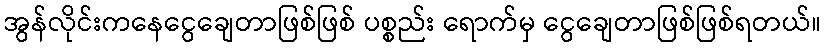
အွန်လိုင်းကနေငွေချေတာဖြစ်ဖြစ် ပစ္စည်း ရောက်မှ ငွေချေတာဖြစ်ဖြစ်ရတယ်။